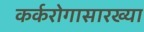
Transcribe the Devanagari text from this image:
कर्करोगासारख्या